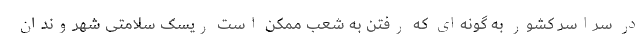
در سراسر کشور به گونه‌ای که رفتن به شعب ممکن است ریسک سلامتی شهروندان